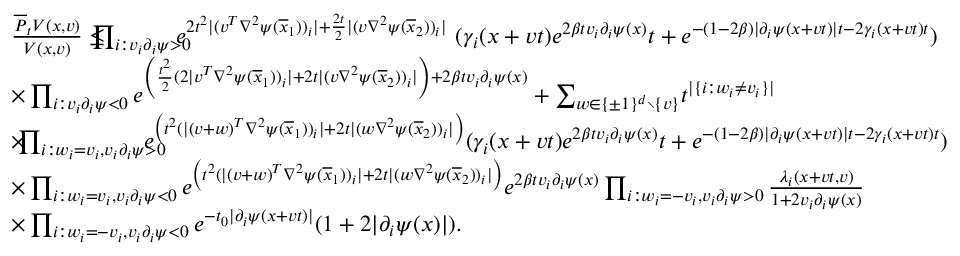
\begin{array} { r l } & { \frac { \overline { { P } } _ { t } V ( x , v ) } { V ( x , v ) } \leq \! \! \! \! \! \prod _ { i : v _ { i } \partial _ { i } \psi > 0 } \! \! \! \! \! e ^ { 2 t ^ { 2 } \lvert ( v ^ { T } \nabla ^ { 2 } \psi ( \overline { { x } } _ { 1 } ) ) _ { i } \rvert + \frac { 2 t } { 2 } \lvert ( v \nabla ^ { 2 } \psi ( \overline { { x } } _ { 2 } ) ) _ { i } \rvert } \, \, ( \gamma _ { i } ( x + v t ) e ^ { 2 \beta t v _ { i } \partial _ { i } \psi ( x ) } t + e ^ { - ( 1 - 2 \beta ) \lvert \partial _ { i } \psi ( x + v t ) \rvert t - 2 \gamma _ { i } ( x + v t ) t } ) } \\ & { \times \prod _ { i : v _ { i } \partial _ { i } \psi < 0 } e ^ { \left( \frac { t ^ { 2 } } { 2 } ( 2 \lvert v ^ { T } \nabla ^ { 2 } \psi ( \overline { { x } } _ { 1 } ) ) _ { i } \rvert + 2 t \lvert ( v \nabla ^ { 2 } \psi ( \overline { { x } } _ { 2 } ) ) _ { i } \rvert \right) + 2 \beta t v _ { i } \partial _ { i } \psi ( x ) } + \sum _ { w \in \{ \pm 1 \} ^ { d } \setminus \{ v \} } \! t ^ { | \{ i : w _ { i } \neq v _ { i } \} | } } \\ & { \times \! \! \! \prod _ { i : w _ { i } = v _ { i } , v _ { i } \partial _ { i } \psi > 0 } \! \! \! \! \! \! \! e ^ { \left( t ^ { 2 } ( \lvert ( v + w ) ^ { T } \nabla ^ { 2 } \psi ( \overline { { x } } _ { 1 } ) ) _ { i } \rvert + 2 t \lvert ( w \nabla ^ { 2 } \psi ( \overline { { x } } _ { 2 } ) ) _ { i } \rvert \right) } ( \gamma _ { i } ( x + v t ) e ^ { 2 \beta t v _ { i } \partial _ { i } \psi ( x ) } t + e ^ { - ( 1 - 2 \beta ) \lvert \partial _ { i } \psi ( x + v t ) \rvert t - 2 \gamma _ { i } ( x + v t ) t } ) } \\ & { \times \prod _ { i : w _ { i } = v _ { i } , v _ { i } \partial _ { i } \psi < 0 } e ^ { \left( t ^ { 2 } ( \lvert ( v + w ) ^ { T } \nabla ^ { 2 } \psi ( \overline { { x } } _ { 1 } ) ) _ { i } \rvert + 2 t \lvert ( w \nabla ^ { 2 } \psi ( \overline { { x } } _ { 2 } ) ) _ { i } \rvert \right) } e ^ { 2 \beta t v _ { i } \partial _ { i } \psi ( x ) } \prod _ { i : w _ { i } = - v _ { i } , v _ { i } \partial _ { i } \psi > 0 } \frac { \lambda _ { i } ( x + v t , v ) } { 1 + 2 v _ { i } \partial _ { i } \psi ( x ) } } \\ & { \times \prod _ { i : w _ { i } = - v _ { i } , v _ { i } \partial _ { i } \psi < 0 } e ^ { - t _ { 0 } \lvert \partial _ { i } \psi ( x + v t ) \rvert } ( 1 + 2 \lvert \partial _ { i } \psi ( x ) \rvert ) . } \end{array}